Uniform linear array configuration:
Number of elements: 64
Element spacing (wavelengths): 0.75
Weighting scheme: uniform
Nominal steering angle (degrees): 15
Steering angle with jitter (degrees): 15.771
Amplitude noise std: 0.05
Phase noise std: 0.05

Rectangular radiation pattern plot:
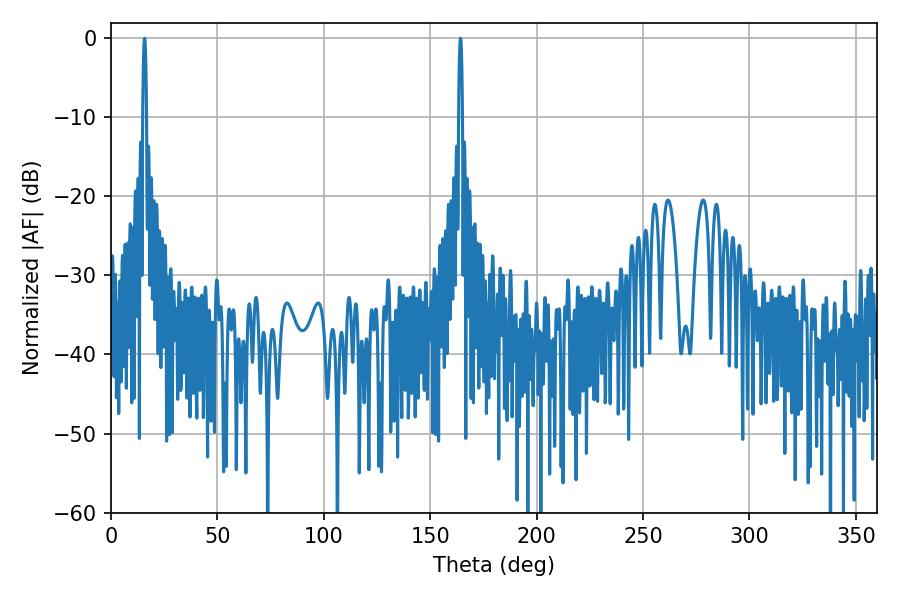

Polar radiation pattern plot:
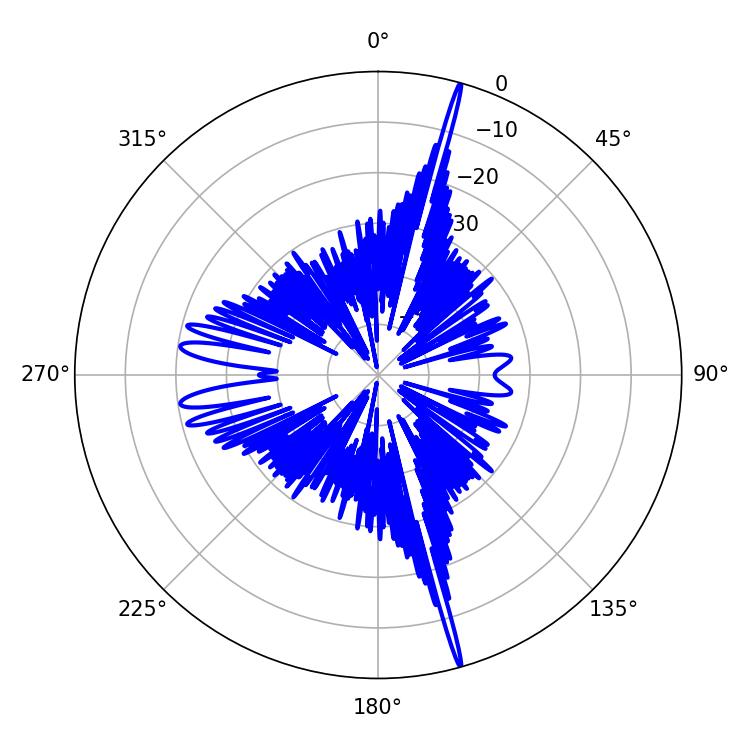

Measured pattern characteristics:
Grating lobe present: TRUE
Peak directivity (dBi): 23.32
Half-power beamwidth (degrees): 0.9
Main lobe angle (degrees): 164.16